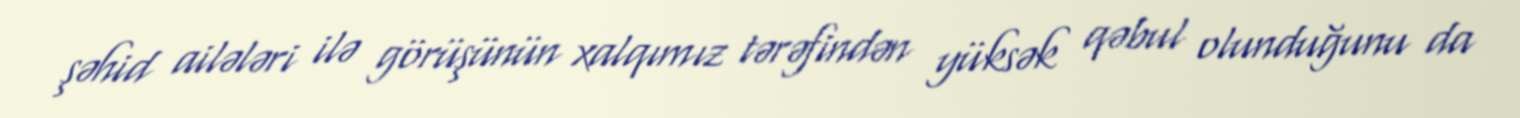
şəhid ailələri ilə görüşünün xalqımız tərəfindən yüksək qəbul olunduğunu da